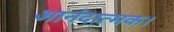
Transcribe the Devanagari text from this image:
आनंदात्मक।